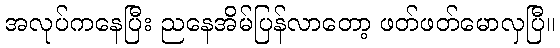
အလုပ်ကနေပြီး ညနေအိမ်ပြန်လာတော့ ဖတ်ဖတ်မောလှပြီ။